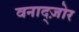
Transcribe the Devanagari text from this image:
वनाद्ज़ोर